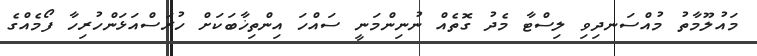
މައުލޫމާތު މުއްސަނދިވި ލިސްޓާ މެދު ގޮތެއް ނުނިންމަނީ ސައްހަ އިންތިޚާބަކަށް ހުރަސްއަޅަންހުރިހާ ފޯމެއްގެ